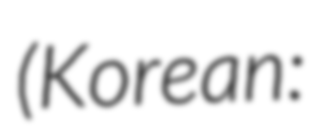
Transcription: (Korean: